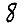
Digit: 8